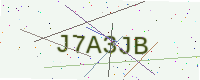
Text: J7A3JB